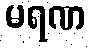
မရဏ